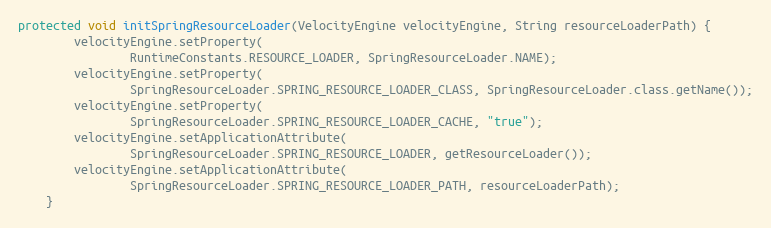
Language: Java
protected void initSpringResourceLoader(VelocityEngine velocityEngine, String resourceLoaderPath) {
		velocityEngine.setProperty(
				RuntimeConstants.RESOURCE_LOADER, SpringResourceLoader.NAME);
		velocityEngine.setProperty(
				SpringResourceLoader.SPRING_RESOURCE_LOADER_CLASS, SpringResourceLoader.class.getName());
		velocityEngine.setProperty(
				SpringResourceLoader.SPRING_RESOURCE_LOADER_CACHE, "true");
		velocityEngine.setApplicationAttribute(
				SpringResourceLoader.SPRING_RESOURCE_LOADER, getResourceLoader());
		velocityEngine.setApplicationAttribute(
				SpringResourceLoader.SPRING_RESOURCE_LOADER_PATH, resourceLoaderPath);
	}